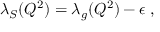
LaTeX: \lambda _ { S } ( Q ^ { 2 } ) = \lambda _ { g } ( Q ^ { 2 } ) - \epsilon \; ,